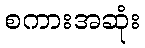
စကားအဆုံး